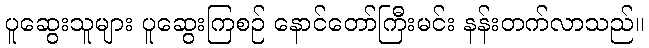
ပူဆွေးသူများ ပူဆွေးကြစဉ် နောင်တော်ကြီးမင်း နန်းတက်လာသည်။